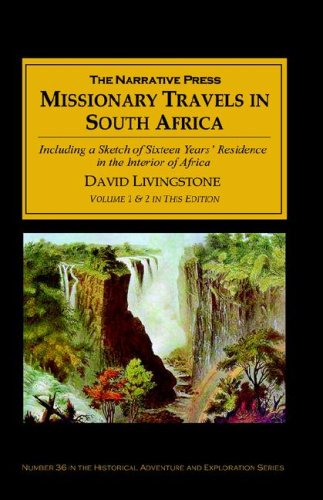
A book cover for Missionary Travels and Researches in South Africa; David Livingstone; Christian Books & Bibles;